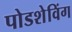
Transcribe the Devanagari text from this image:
पोडशेविंग